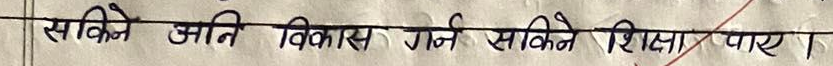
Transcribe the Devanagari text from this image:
सकिने जति विकास गर्न सकिने शिक्षा पाए।